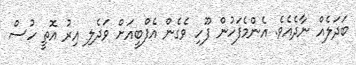
ބަދަލެއް ނާދެއެވެ. އެންމެފަހުން ފޫހި ވެގެން އެފްބީއަށް ވަދެލި އިރު އޮތީ ހުސް